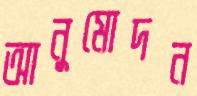
আনুমোদন